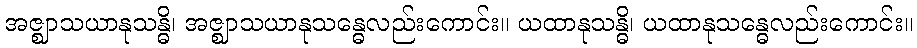
အဇ္ဈာသယာနုသန္ဓိ၊ အဇ္ဈာသယာနုသန္ဓေလည်းကောင်း။ ယထာနုသန္ဓိ၊ ယထာနုသန္ဓေလည်းကောင်း။